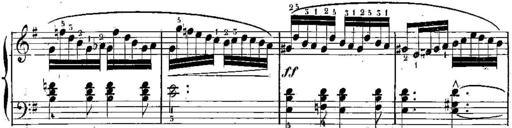
Title: 3 Piano Sonatines
Composer: Jacques-Louis Battmann
Key: C major
 G major
 F major